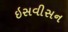
ઇસવીસન